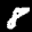
Label: 8